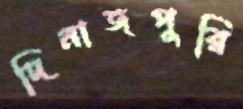
দিনাজপুরি